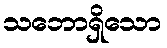
သဘောရှိသော